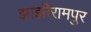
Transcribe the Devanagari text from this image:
झाझीरामपुर